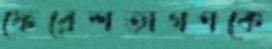
ফেরেশতাগণকে